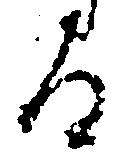
る